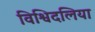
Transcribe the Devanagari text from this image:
विश्विदलिया